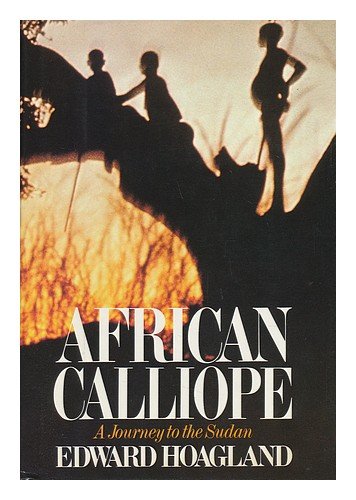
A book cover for African Calliope: A Journey to the Sudan; Edward Hoagland; Travel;